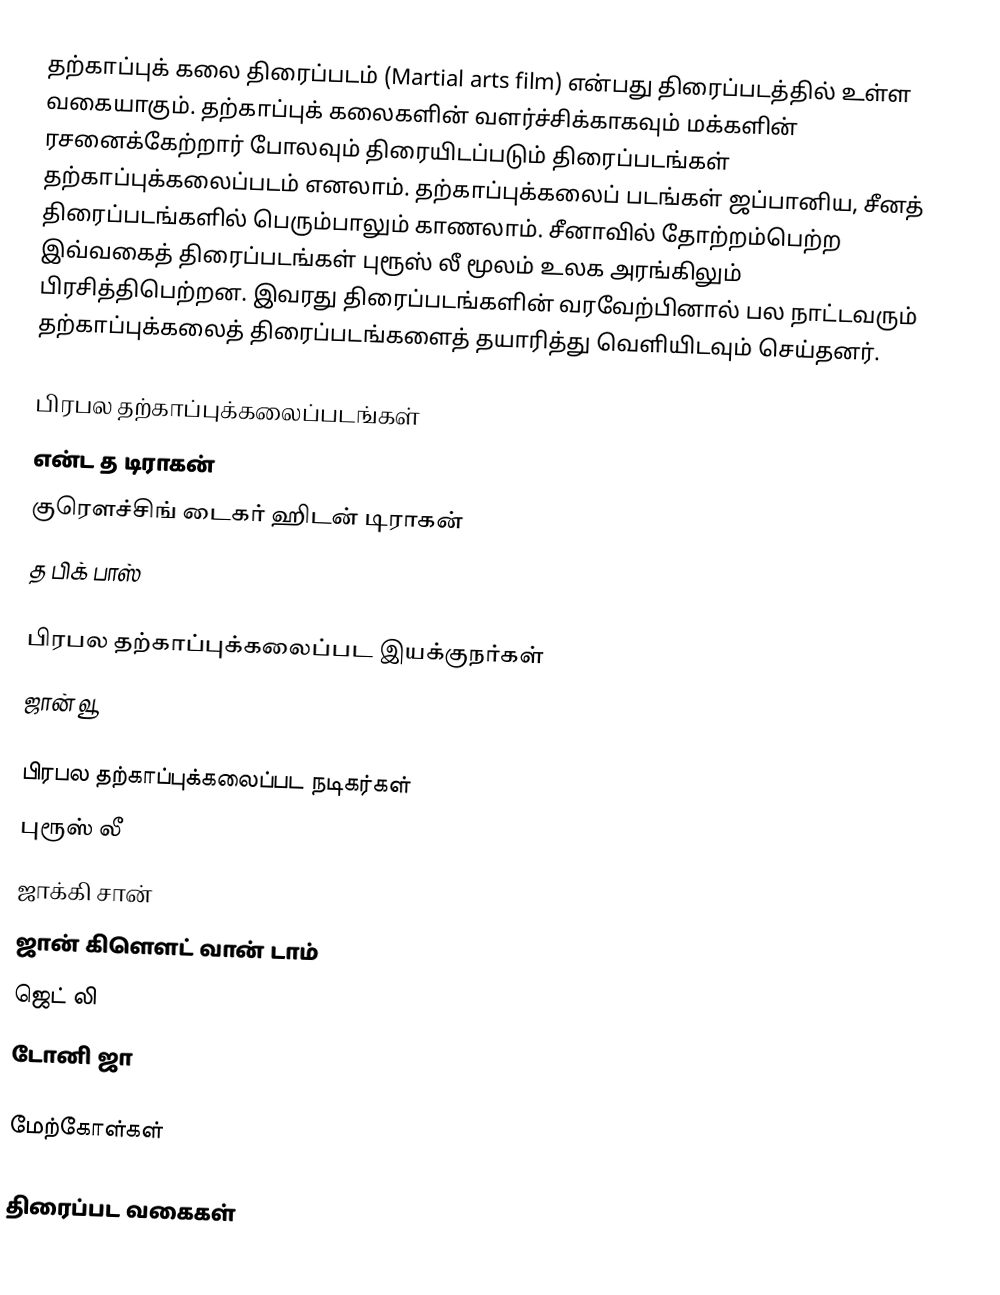
தற்காப்புக் கலை திரைப்படம் (Martial arts film) என்பது திரைப்படத்தில் உள்ள வகையாகும். தற்காப்புக் கலைகளின் வளர்ச்சிக்காகவும் மக்களின் ரசனைக்கேற்றார் போலவும் திரையிடப்படும் திரைப்படங்கள் தற்காப்புக்கலைப்படம் எனலாம். தற்காப்புக்கலைப் படங்கள் ஜப்பானிய, சீனத் திரைப்படங்களில் பெரும்பாலும் காணலாம். சீனாவில் தோற்றம்பெற்ற இவ்வகைத் திரைப்படங்கள் புரூஸ் லீ மூலம் உலக அரங்கிலும் பிரசித்திபெற்றன. இவரது திரைப்படங்களின் வரவேற்பினால் பல நாட்டவரும் தற்காப்புக்கலைத் திரைப்படங்களைத் தயாரித்து வெளியிடவும் செய்தனர்.

பிரபல தற்காப்புக்கலைப்படங்கள்
 என்ட த டிராகன்
 குரௌச்சிங் டைகர் ஹிடன் டிராகன்
 த பிக் பாஸ்

பிரபல தற்காப்புக்கலைப்பட இயக்குநர்கள்
 ஜான் வூ

பிரபல தற்காப்புக்கலைப்பட நடிகர்கள்
 புரூஸ் லீ
 ஜாக்கி சான்
 ஜான் கிளௌட் வான் டாம்
 ஜெட் லி
 டோனி ஜா

மேற்கோள்கள்

திரைப்பட வகைகள்